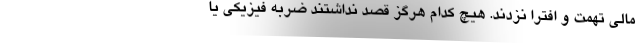
مالی تهمت و افترا نزدند. هیچ کدام هرگز قصد نداشتند ضربه فیزیکی یا